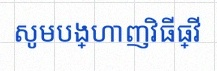
សូមបង្ហាញវិធីធ្វើ